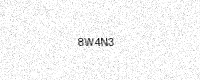
Text: 8W4N3